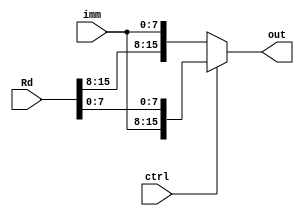
module HalfBitMask (input [15:0] Rd, input [7:0] imm, input ctrl, output [15:0] out);
	// ctrl = 1, LHB
	// ctrl = 0, LLB
	assign out = ctrl ? {imm, Rd[7:0]} : {Rd[15:8], imm};
endmodule